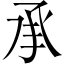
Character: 承